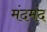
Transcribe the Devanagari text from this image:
मंदमंद